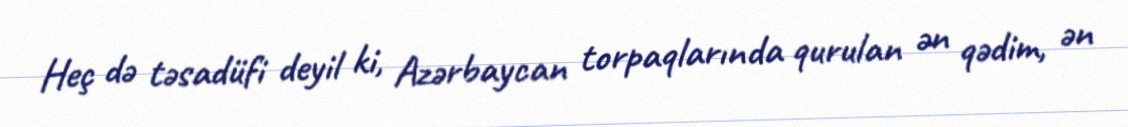
Heç də təsadüfi deyil ki, Azərbaycan torpaqlarında qurulan ən qədim, ən